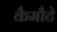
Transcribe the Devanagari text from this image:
कैमौटे